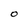
Character: O